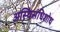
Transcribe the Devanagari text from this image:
अस्थिसंधिशोथ